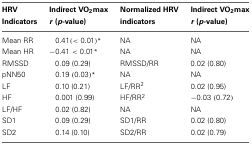
<table><thead><tr><td><b>HRV Indicators</b></td><td><b>Indirect VO<sub>2</sub>max <i>r</i> (<i>p</i>-value)</b></td><td><b>Normalized HRV indicators</b></td><td><b>Indirect VO<sub>2</sub>max <i>r</i> (<i>p</i>-value)</b></td></tr></thead><tbody><tr><td>Mean RR</td><td>0.41(&lt; 0.01)<sup>*</sup></td><td>NA</td><td>NA</td></tr><tr><td>Mean HR</td><td>−0.41 &lt; 0.01<sup>*</sup></td><td>NA</td><td>NA</td></tr><tr><td>RMSSD</td><td>0.09 (0.29)</td><td>RMSSD/RR</td><td>0.02 (0.80)</td></tr><tr><td>pNN50</td><td>0.19 (0.03)<sup>*</sup></td><td>NA</td><td>NA</td></tr><tr><td>LF</td><td>0.10 (0.21)</td><td>LF/RR<sup>2</sup></td><td>0.02 (0.95)</td></tr><tr><td>HF</td><td>0.001 (0.99)</td><td>HF/RR<sup>2</sup></td><td>−0.03 (0.72)</td></tr><tr><td>LF/HF</td><td>0.02 (0.82)</td><td>NA</td><td>NA</td></tr><tr><td>SD1</td><td>0.09 (0.29)</td><td>SD1/RR</td><td>0.02 (0.80)</td></tr><tr><td>SD2</td><td>0.14 (0.10)</td><td>SD2/RR</td><td>0.02 (0.79)</td></tr></tbody></table>